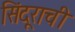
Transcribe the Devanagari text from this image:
सिंदूराची